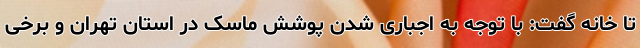
تا خانه گفت: با توجه به اجباری شدن پوشش ماسک در استان تهران و برخی